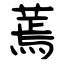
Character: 蔫